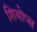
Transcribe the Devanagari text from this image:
शियोप्‍स